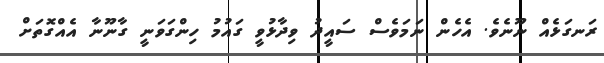
ރަނގަޅެއް ނޫނެވެ. އެހެން ނަމަވެސް ސައީދު ވިދާޅުވީ ގައުމު ހިންގަވަނީ ގާނޫނާ އެއްގޮތަށް